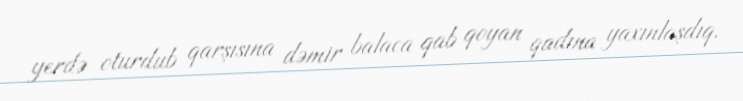
yerdə oturdub qarşısına dəmir balaca qab qoyan qadına yaxınlaşdıq.